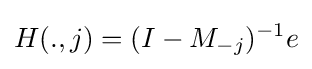
H(.,j)=(I-M_{-j})^{-1}e